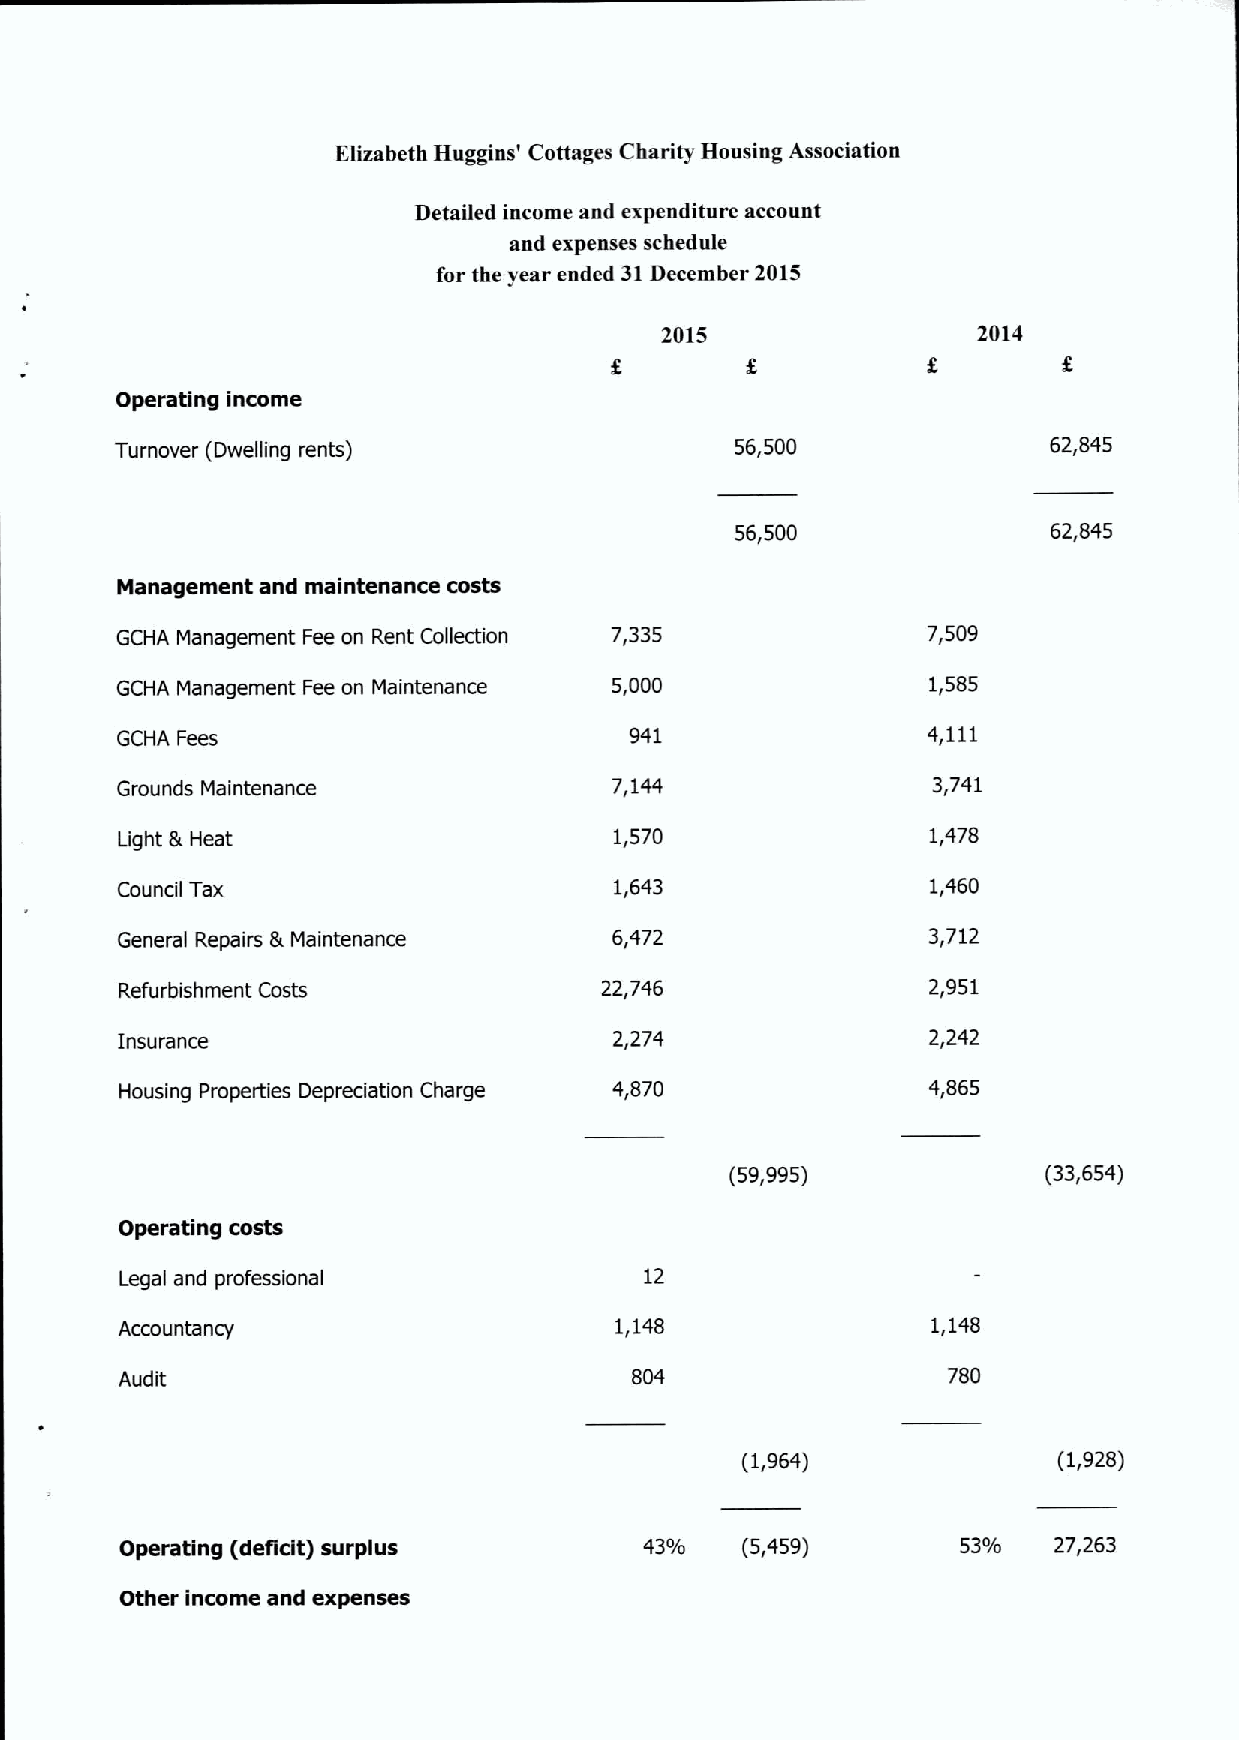
Elizabeth Huggins' Cottages Charity Housing Association
 Detailed income and expenditure account
 and expenses schedule
 for the year ended 31December 2015
 2015                 2014
 Operating income
 Turnover (Dwelling rents)                56,500              62,845
 56,500               62,845
 Management and maintenance costs
 GCHA Management Fee on Rent Collection 7,335         7,509
 GCHA Management Fee on Maintenance 5,000             1,585
 GCHA Fees                         941                4,111
 Grounds Maintenance              7,144                3,741
 Light 5 Heat                     1,570               1,478
 Council Tax                      1,643                1,460
 General Repairs %Maintenance     6,472               3,712
 Refurbishment Costs             22,746               2,951
 Insurance                        2,274               2,242
 Housing Properties Depreciation Charge 4,870         4,865
 (59,995)             (33,654)
 Operating costs
 Legal and professional             12
 Accountancy                      1,148                1,148
 Audit                             804                  780
 (1,964)              (1,928)
 Operating (deficit) surplus        43/0  (5,459)        530/0 27,263
 Other income and expenses